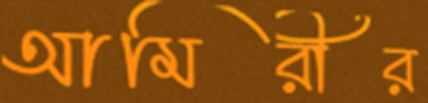
আমিরীর